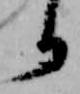
り